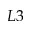
L 3